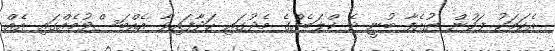
އެކަމަކު ފަހުން ޔުއެފާ ބުނީ ދެ ކްލަބެއްގެ މެދުގައި ހަދާފައިވާ އެއްބަސްވުމެއްގައި އެއް